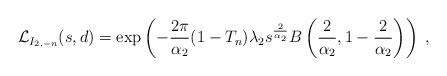
LaTeX: \begin{align*}\mathcal{L}_{I_{2,-n}}(s,d)=\exp\left(-\frac{2\pi}{\alpha_2}(1-T_n)\lambda_{2}s^{\frac{2}{\alpha_2}}B\left(\frac{2}{\alpha_2},1-\frac{2}{\alpha_2}\right)\right)\;,\end{align*}